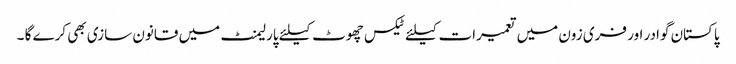
پاکستان گوادر اور فری زون میں تعمیرات کیلئے ٹیکس چھوٹ کیلئے پارلیمنٹ میں قانون سازی بھی کرے گا ۔